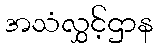
အသံလွှင့်ဌာန